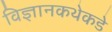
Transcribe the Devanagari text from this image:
विज्ञानकथेकडे